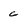
Character: c